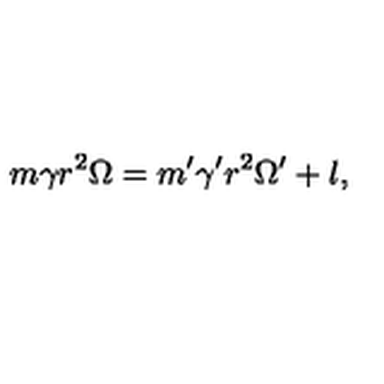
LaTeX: m \gamma r ^ { 2 } \Omega = m ^ { \prime } \gamma ^ { \prime } r ^ { 2 } \Omega ^ { \prime } + l ,